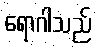
ရောဂါသည်